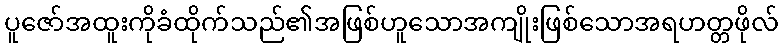
ပူဇော်အထူးကိုခံထိုက်သည်၏အဖြစ်ဟူသောအကျိုးဖြစ်သောအရဟတ္တဖိုလ်